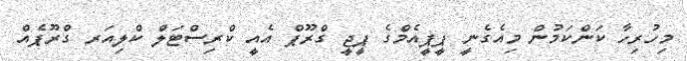
މިހުރިހާ ކަންކަމުން މިއެގެނީ ޕީޕީއެމްގެ ޕީޖީ ގްރޫޕް އެއީ ކްރިސްޓަލް ކްލިއަރ ގްރޫޕެއް